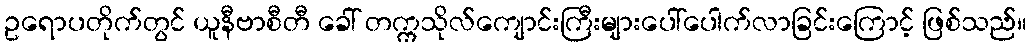
ဥရောပတိုက်တွင် ယူနီဗာစီတီ ခေါ် တက္ကသိုလ်ကျောင်းကြီးများပေါ်ပေါက်လာခြင်းကြောင့် ဖြစ်သည်။